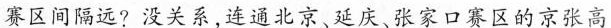
赛区间隔远?没关系,连通北京、延庆、张家口赛区的京张高